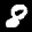
Label: 8